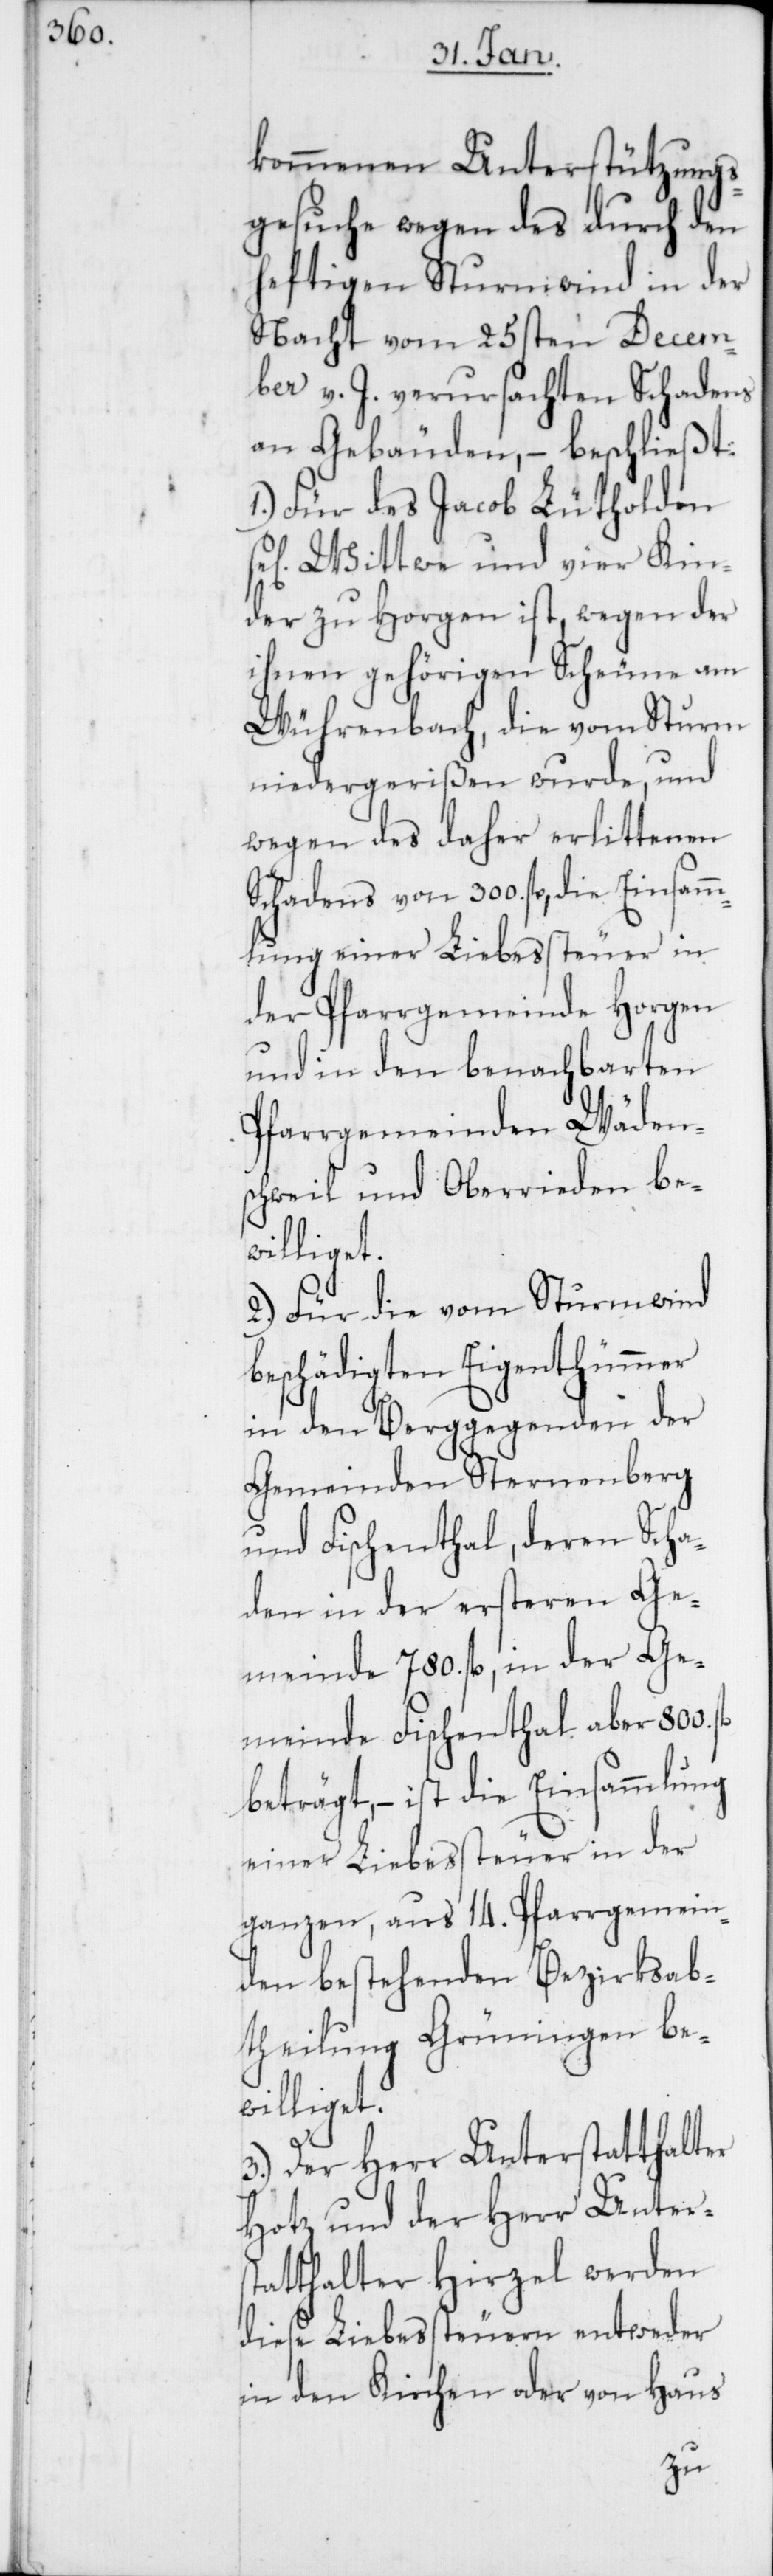
kommenen Unterstützungs¬
gesuche wegen des durch den
heftigen Sturmwind in der
Nacht vom 25sten Decem¬
ber v. J. verursachten Schadens
an Gebäuden, – beschließt:
1.) Für des Jacob Lütholden
Wittwe und vier Kin¬
der zu Horgen ist, wegen der
ihnen gehörigen Scheune am
Wührenbach, die vom Sturm
niedergerißen wurde, und
wegen des daher erlittenen
Schadens von 300. fl., die Einsamm¬
lung einer Liebessteuer in
der Pfarrgemeinde Horgen
und in den benachbarten
Pfarrgemeinden Wäden¬
schweil und Oberrieden be¬
williget.
2.) Für die vom Sturmwind
beschädigten Eigenthümer
in den Berggegenden der
Gemeinden Sternenberg
und Fischenthal, deren Scha¬
den in der ersteren Ge¬
meinde 780. fl., in der Ge¬
meinde Fischenthal aber 800.
beträgt, – ist die Einsammlung
einer Liebessteuer in der
ganzen, aus 14. Pfarrgemein¬
den bestehenden Bezirksab¬
theilung Grüningen be¬
williget.
3.) Der Herr Unterstatthalter
Hotz und der Herr Unters¬
tatthalter Hirzel werden
diese Liebessteuern entweder
in den Kirchen oder von Haus